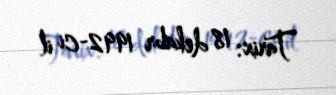
Tarix: 18 dekabr 1992-ci il